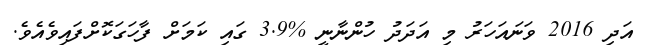
އަދި 2016 ވަނައަހަރު މި އަދަދު ހުންނާނީ %3.9 ގައި ކަމަށް ފާހަގަކޮށްފައިވެއެވެ.